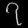
Digit: ၇